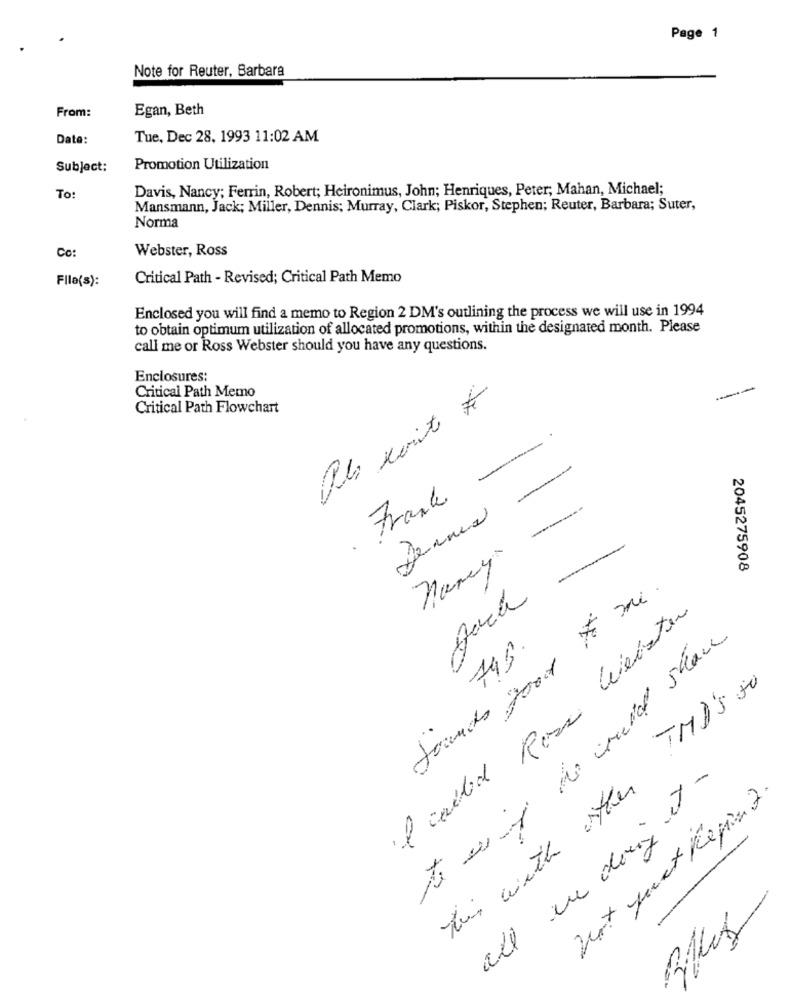
Page 1
Note for Reuter, Barbara
From:
Egan, Beth
Date:
Tue, Dec 28, 1993 11:02 AM
Subject:
Promotion Utilization
Davis, Nancy; Ferrin, Robert; Heironimus, John; Henriques, Peter; Mahan, Michael;
To:
Mansmann, Jack; Miller, Dennis; Murray, Clark; Piskor, Stephen; Reuter, Barbara; Suter,
Norma
Co:
Webster, Ross
Flla(s):
Critical Path - Revised; Critical Path Memo
Enclosed you will find a memo to Region 2 DM's outlining the process we will use in 1994
to obtain optimum utilization of allocated promotions, within the designated month. Please
call me or Ross Webster should you have any questions.
Enclosures:
Critical Path Memo
Critical Path Flowchart
. Frank
nancy
2045275908
Sounds good to me.
I called Rosa Liebsten
743
this with other TMD'S to
all are doing it -
Not Just Regis 2.